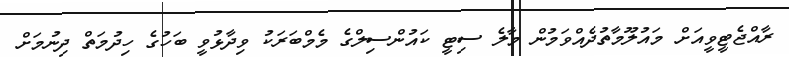
ރާއްޖެޓީވީއަށް މައުލޫމާތުދެއްވަމުން މާލެ ސިޓީ ކައުންސިލްގެ މެމްބަރަކު ވިދާޅުވީ ބަހުގެ ހިދުމަތް ދިނުމަށް